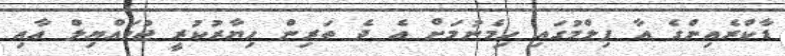
ޑާކްރެއިންގެ އާ ފިލްމުގައި ހިމެނުމަށް އެ ދެ ތަރިން ހިޔާރުކުރީ ޖުމައްޔިލް އާއި